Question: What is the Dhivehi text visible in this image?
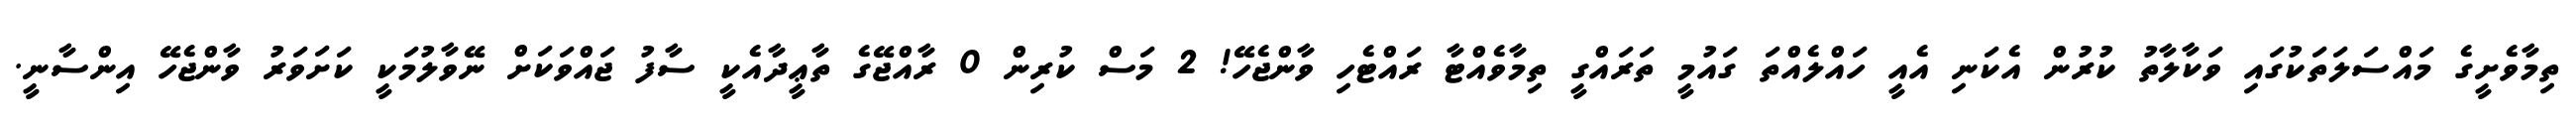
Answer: ތިމާވެށީގެ މައްސަލަތަކުގައި ވަކާލާތު ކުރުން އެކަނި އެއީ ހައްލެއްތަ ގައުމީ ތަރައްގީ ތިމާވެއްޓާ ރައްޓެހި ވާންޖެހޭ! 2 މަސް ކުރިން 0 ރާއްޖޭގެ ތާޢީދާއެކީ ސާފު ޖައްވަކަށް ނޭވާލުމަކީ ކަށަވަރު ވާންޖެހޭ އިންސާނީ.